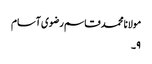
مولانا محمد قاسم رضوی آسام
۹۔